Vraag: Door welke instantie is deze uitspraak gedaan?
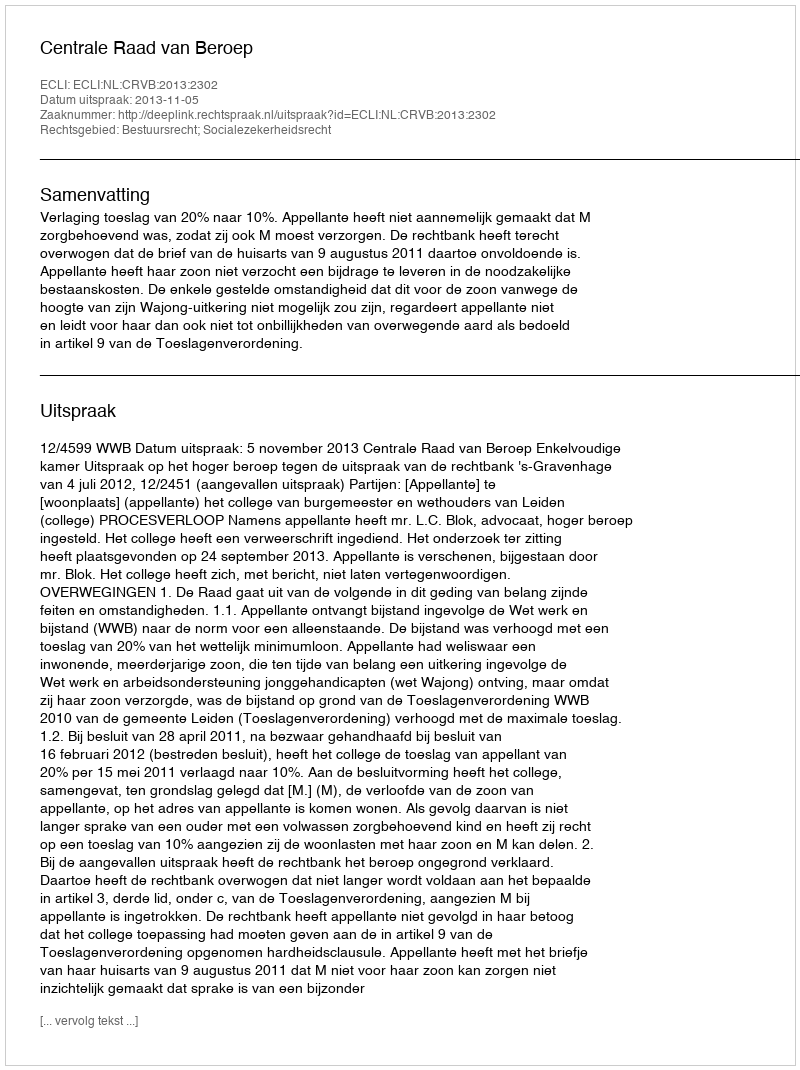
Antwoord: Centrale Raad van Beroep